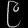
Digit: ၉